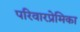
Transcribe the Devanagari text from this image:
परिवारप्रेमिका